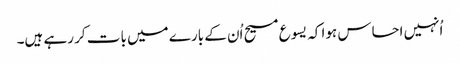
‏ اُنہیں احساس ہوا کہ یسوع مسیح اُن کے بارے میں بات کر رہے ہیں۔